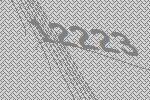
12223